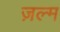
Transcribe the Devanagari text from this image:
ज़ल्म